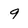
Character: 9